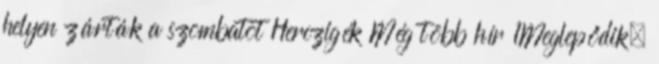
helyen zárták a szombatot Herczigék Még több hír 1Meglepődik,